Report on plague in the Punjab from October 1st ... to September 30th ..., being the ... season of plague in the province
Disease focus: Plague
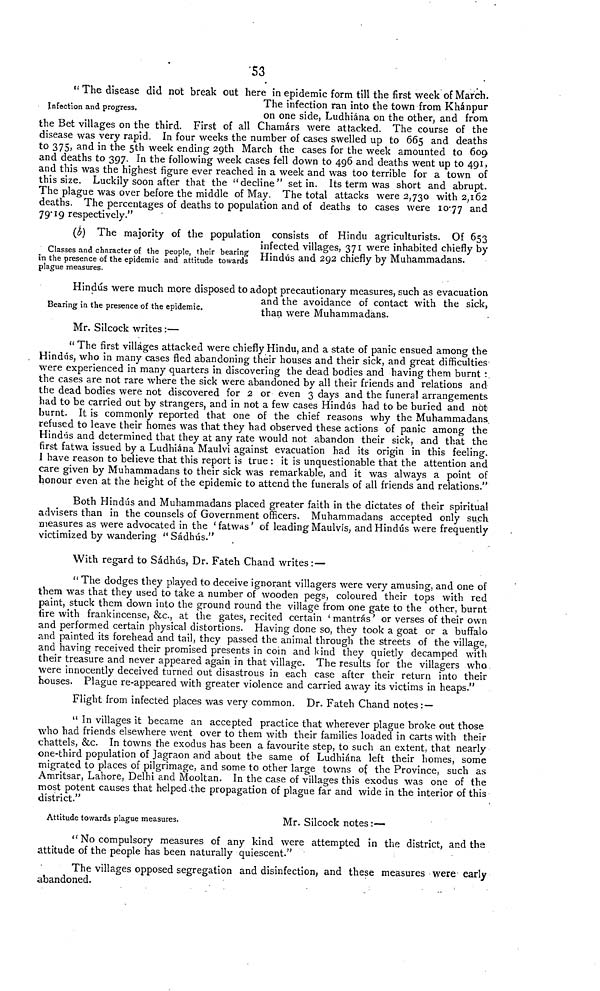
53
infection and progress.
" The disease did not break out here in epidemic form till the first week of March.
The infection ran into the town from Khánpur
on one side, Ludhiána on the other, and from
the Bet villages on the third. First of all Chamárs were attacked. The course of the
disease was very rapid. In four weeks the number of cases swelled up to 665 and deaths
to 375, and in the 5th week ending 29th March the cases for the week amounted to 609
and deaths to 397. In the following week cases fell down to 496 and deaths went up to 491,
and this was the highest figure ever reached in a week and was too terrible for a town of
this size. Luckily soon after that the "decline" set in. Its term was short and abrupt.
The plague was over before the middle of May. The total attacks were 2,730 with 2,162
deaths. The percentages of deaths to population and of deaths to cases were 10.77 and
79.19 respectively."
Classes and character of the people, their bearing
in the presence of the epidemic and attitude towards
plague measures.
(b) The majority of the population consists of Hindu agriculturists. Of 653
infected villages, 371 were inhabited chiefly by
Hind
s and 292 chiefly by Muhammadans.
Bearing in the presence of the epidemic.
Hindus were much more disposed to adopt precautionary measures, such as evacuation
and the avoidance of contact with the sick,
than were Muhammadans.
Mr. Silcock writes :—
" The first villages attacked were chiefly Hindu, and a state of panic ensued among the
Hind<u>s, who in many cases fled abandoning their houses and their sick, and great difficulties
were experienced in many quarters in discovering the dead bodies and having them burnt :
the cases are not rare where the sick were abandoned by all their friends and relations and
the dead bodies were not discovered for 2 or even 3 days and the funeral arrangements
had to be carried out by strangers, and in not a few cases Hind<u>s had to be buried and not
burnt. It is commonly reported that one of the chief reasons why the Muhammadans,
refused to leave their homes was that they had observed these actions of panic among the
Hind<u>s and determined that they at any rate would not abandon their sick, and that the
first fatwa issued by a Ludhiána Maulvi against evacuation had its origin in this feeling.
1 have reason to believe that this report is true : it is unquestionable that the attention and
care given by Muhammadans to their sick was remarkable, and it was always a point of
honour even at the height of the epidemic to attend the funerals of all friends and relations."
Both Hind<u>s and Muhammadans placed greater faith in the dictates of their spiritual
advisers than in the counsels of Government officers. Muhammadans accepted only such
measures as were advocated in the ' fatwas ' of leading Maulvis, and Hind<u>s were frequently
victimized by wandering " Sádhús."
With regard to Sádhús, Dr. Fateh Chand writes: —
" The dodges they played to deceive ignorant villagers were very amusing, and one of
them was that they used to take a number of wooden pegs, coloured their tops with red
paint, stuck them down into the ground round the village from one gate to the other, burnt
fire with frankincense, &c, at the gates, recited certain 'mantras' or verses of their own
and performed certain physical distortions. Having done so, they took a goat or a buffalo
and painted its forehead and tail, they passed the animal through the streets of the village,
and having received their promised presents in coin and kind they quietly decamped with
their treasure and never appeared again in that village. The results for the villagers who
were innocently deceived turned out disastrous in each case after their return into their
houses. Plague re-appeared with greater violence and carried away its victims in heaps."
Flight from infected places was very common. Dr. Fateh Chand notes : •—
" In villages it became an accepted practice that wherever plague broke out those
who had friends elsewhere went over to them with their families loaded in carts with their
chattels, &c. In towns the exodus has been a favourite step, to such an extent, that nearly
one-third population of Jagraon and about the same of Ludhiána left their homes, some
migrated to places of pilgrimage, and some to other large towns of the Province, such as
Amritsar, Lahore, Delhi and Mooltan. In the case of villages this exodus was one of the
most potent causes that helped-the propagation of plague far and wide in the interior of this
district."
Attitude towards plague measures.
Mr. Silcock notes :—
" No compulsory measures of any kind were attempted in the district, and the
attitude of the people has been naturally quiescent."
The villages opposed segregation and disinfection, and these measures were early
abandoned.
.